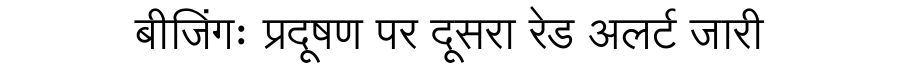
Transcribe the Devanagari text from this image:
बीजिंगः प्रदूषण पर दूसरा रेड अलर्ट जारी